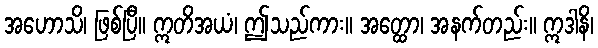
အဟောသိ၊ ဖြစ်ပြီ။ ဣတိအယံ၊ ဤသည်ကား။ အတ္ထော၊ အနက်တည်း။ ဣဒါနိ၊